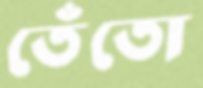
তেঁতো